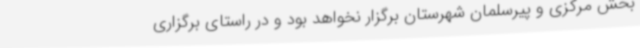
بخش مرکزی و پیرسلمان شهرستان برگزار نخواهد بود و در راستای برگزاری